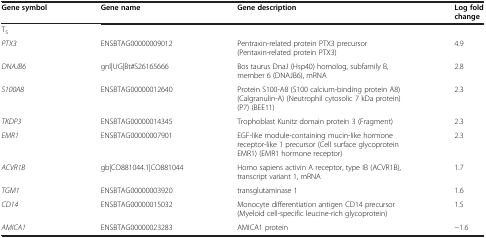
<table><thead><tr><td><b>Gene symbol</b></td><td><b>Gene name</b></td><td><b>Gene description</b></td><td><b>Log fold change</b></td></tr></thead><tbody><tr><td colspan="4">T<sub>5</sub></td></tr><tr><td><i>PTX3</i></td><td>ENSBTAG00000009012</td><td>Pentraxin-related protein PTX3 precursor (Pentaxin-related protein PTX3)</td><td>4.9</td></tr><tr><td><i>DNAJB6</i></td><td>gnl|UG|Bt#S26165666</td><td>Bos taurus DnaJ (Hsp40) homolog, subfamily B, member 6 (DNAJB6), mRNA</td><td>2.8</td></tr><tr><td><i>S100A8</i></td><td>ENSBTAG00000012640</td><td>Protein S100-A8 (S100 calcium-binding protein A8) (Calgranulin-A) (Neutrophil cytosolic 7 kDa protein) (P7) (BEE11)</td><td>2.3</td></tr><tr><td><i>TKDP3</i></td><td>ENSBTAG00000014345</td><td>Trophoblast Kunitz domain protein 3 (Fragment)</td><td>2.3</td></tr><tr><td><i>EMR1</i></td><td>ENSBTAG00000007901</td><td>EGF-like module-containing mucin-like hormone receptor-like 1 precursor (Cell surface glycoprotein EMR1) (EMR1 hormone receptor)</td><td>2.3</td></tr><tr><td><i>ACVR1B</i></td><td>gb|CO881044.1|CO881044</td><td>Homo sapiens activin A receptor, type IB (ACVR1B), transcript variant 1, mRNA</td><td>1.7</td></tr><tr><td><i>TGM1</i></td><td>ENSBTAG00000003920</td><td>transglutaminase 1</td><td>1.6</td></tr><tr><td><i>CD14</i></td><td>ENSBTAG00000015032</td><td>Monocyte differentiation antigen CD14 precursor (Myeloid cell-specific leucine-rich glycoprotein)</td><td>1.5</td></tr><tr><td><i>AMICA1</i></td><td>ENSBTAG00000023283</td><td>AMICA1 protein</td><td>−1.6</td></tr></tbody></table>